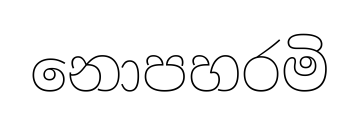
නොපහරමි